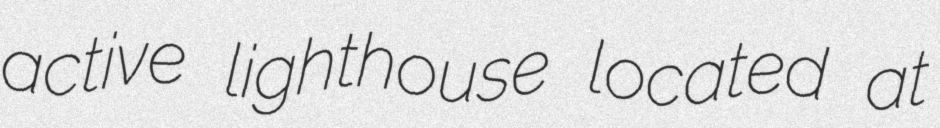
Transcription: active lighthouse located at